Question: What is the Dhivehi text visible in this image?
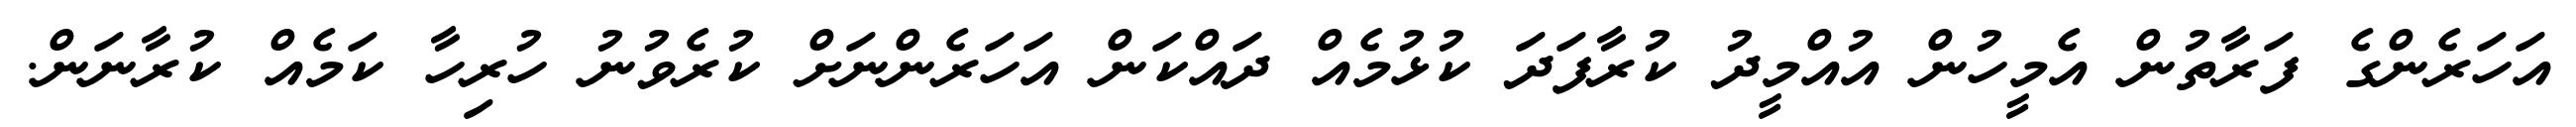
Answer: އަހަރެންގެ ފަރާތުން އެމީހުން އުއްމީދު ކުރާފަދަ ކުޅުމެއް ދައްކަން އަހަރެންނަށް ކުރެވުނު ހުރިހާ ކަމެއް ކުރާނަން.